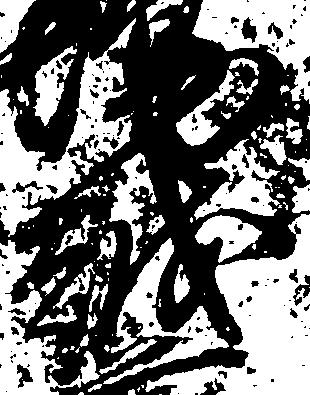
越